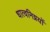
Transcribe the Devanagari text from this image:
धात्वनिग्नयों